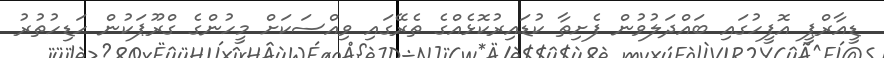
ޑީއާރްޕީ އޮފީހުގައި ބައްދަލުވުން ފެށިތާ ކުޑައިރުކޮޅެއްގެ ތެރޭގައި ވިއްސަކަށް މީހުންގެ ގްރޫޕަކުން ހަޑިހުތުރު